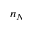
n _ { N }